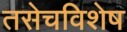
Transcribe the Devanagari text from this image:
तसेचविशेष